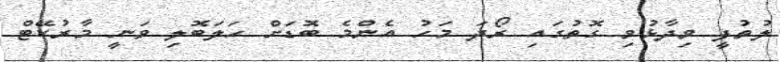
ލުތުފީ ވިދާޅުވި ގޮތުގައި ރޯދަ މަހު އެންމެ ބޮޑަށް ހަލަބޮލި ވަނީ މާރުކޭޓް